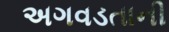
અગવડતાની